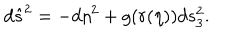
LaTeX: d \hat { s } ^ { 2 } = - d \eta ^ { 2 } + g ( r ( \eta ) ) d s _ { 3 } ^ { 2 } .